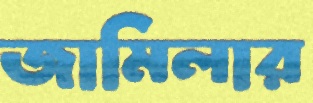
জামিলার